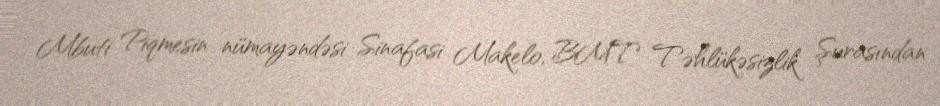
Mbuti Piqmesin nümayəndəsi Sinafasi Makelo, BMT Təhlükəsizlik Şurasından